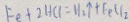
F e + 2 H C l = H _ { 2 } \uparrow + F e C l _ { 2 }